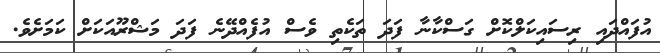
އުފައްދައި ރިސައިކަލްކޮށް ގަސްކާނާ ފަދަ ތަކެތި ވެސް އުފެއްދޭނެ ފަދަ މަޝްރޫއަކަށް ކަމަށެވެ.